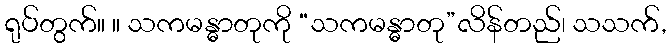
ရုပ်တွက်။ ။ သကမန္ဓာတုကို “သကမန္ဓာတု”လိန်တည်၊ သသက်,